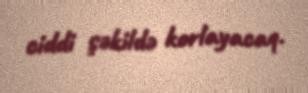
ciddi şəkildə korlayacaq.